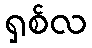
ရှစ်လ